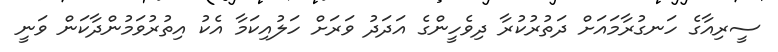
ސީރިއާގެ ހަނގުރާމައަށް ދަތުރުކުރާ ދިވެހީންގެ އަދަދު ވަރަށް ހަލުއިކަމާ އެކު އިތުރުވަމުންދާކަން ވަނީ